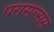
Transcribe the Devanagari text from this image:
परासेल्सस